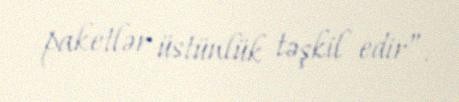
paketlər üstünlük təşkil edir”.